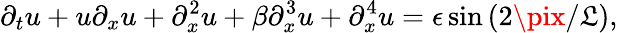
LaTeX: \partial_{t}u+u\partial_{x}u+\partial_{x}^{2}u+\beta\partial_{x}^{3}u+\partial_{x}^{4}u=\epsilon\sin{\left(2\pix/\mathfrak{L}\right)},